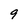
Character: 9